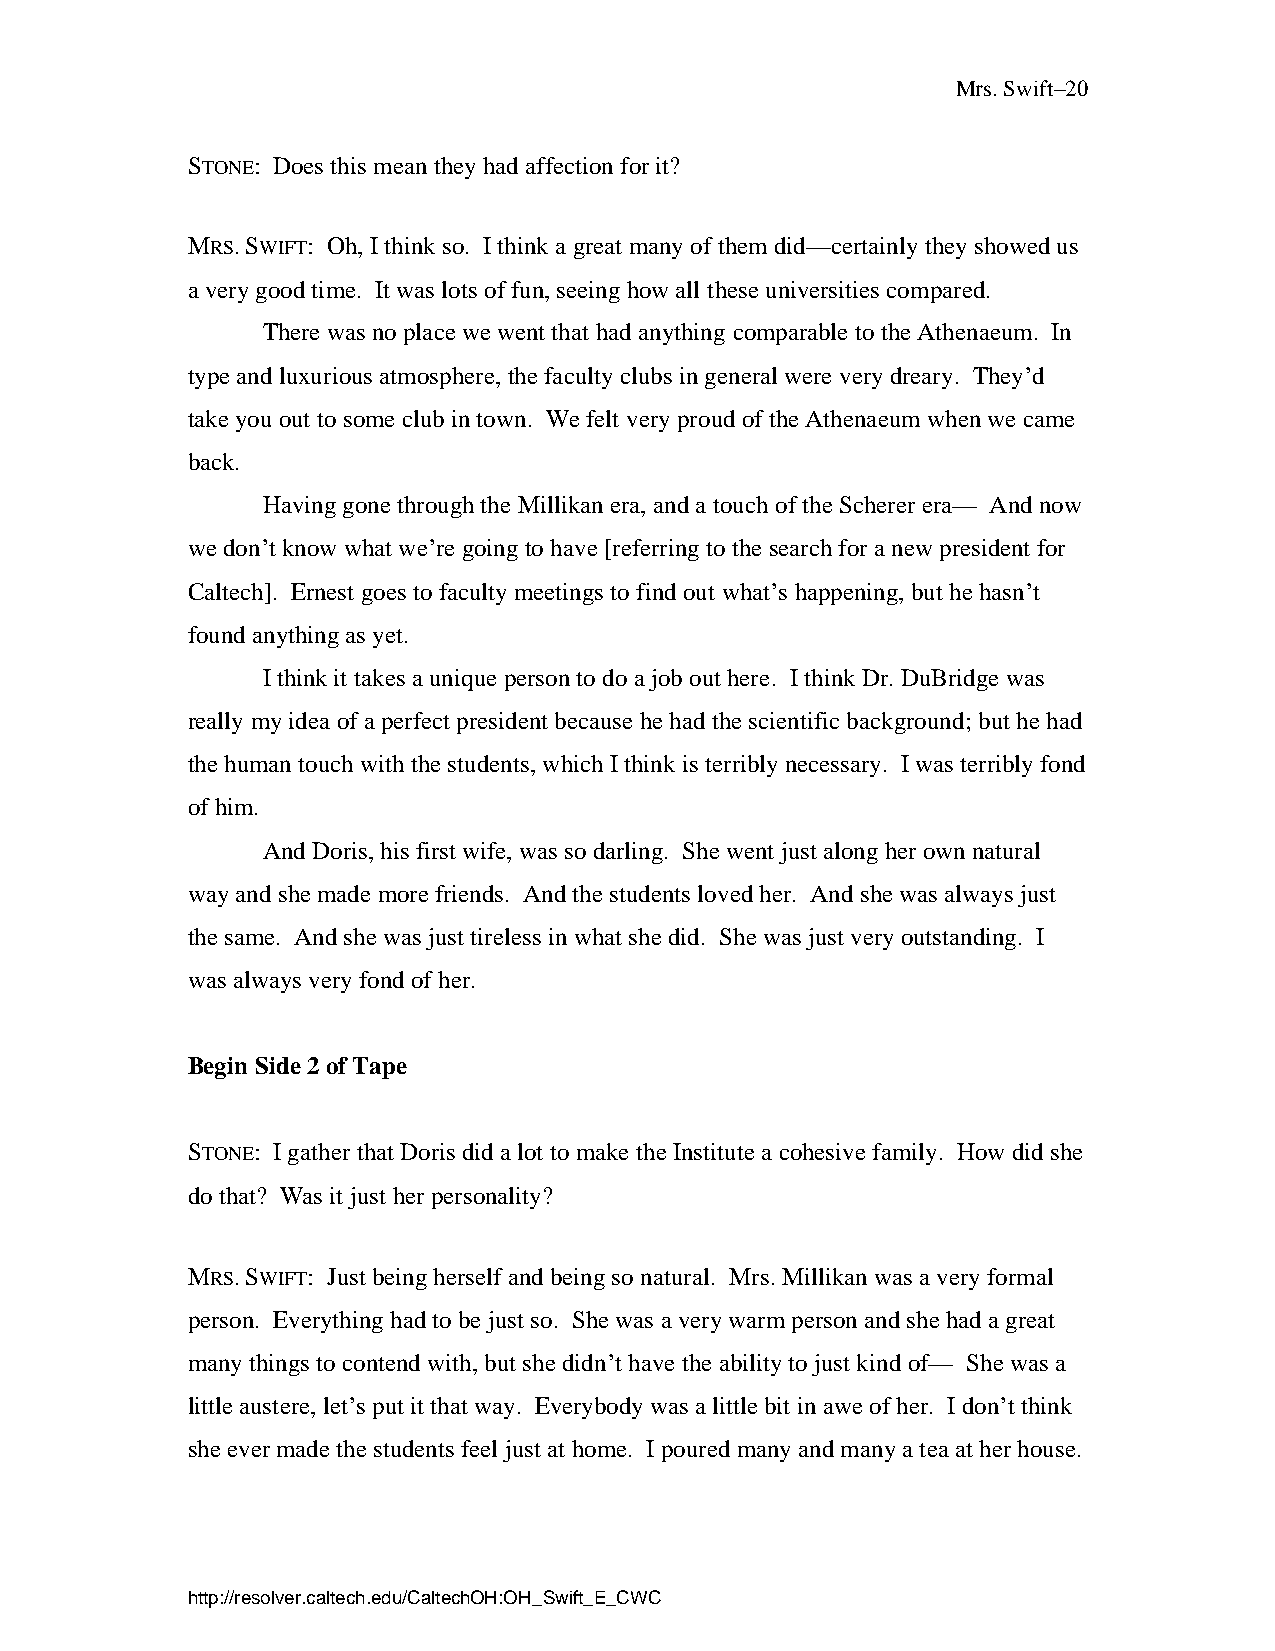
Mrs. Swift–20
 STONE: Does this mean they had affection for it?
 MRS. SWIFT: Oh, I think so. I think a great many of them did—certainly they showed us
 a very good time. It was lots of fun, seeing how all these universities compared.
 There was no place we went that had anything comparable to the Athenaeum. In
 type and luxurious atmosphere, the faculty clubs in general were very dreary. They’d
 take you out to some club in town. We felt very proud of the Athenaeum when we came
 back.
 Having gone through the Millikan era, and a touch of the Scherer era— And now
 we don’t know what we’re going to have [referring to the search for a new president for
 Caltech]. Ernest goes to faculty meetings to find out what’s happening, but he hasn’t
 found anything as yet.
 I think it takes a unique person to do a job out here. I think Dr. DuBridge was
 really my idea of a perfect president because he had the scientific background; but he had
 the human touch with the students, which I think is terribly necessary. I was terribly fond
 of him.
 And Doris, his first wife, was so darling. She went just along her own natural
 way and she made more friends. And the students loved her. And she was always just
 the same. And she was just tireless in what she did. She was just very outstanding. I
 was always very fond of her.
 Begin Side 2 of Tape
 STONE: I gather that Doris did a lot to make the Institute a cohesive family. How did she
 do that? Was it just her personality?
 MRS. SWIFT: Just being herself and being so natural. Mrs. Millikan was a very formal
 person. Everything had to be just so. She was a very warm person and she had a great
 many things to contend with, but she didn’t have the ability to just kind of— She was a
 little austere, let’s put it that way. Everybody was a little bit in awe of her. I don’t think
 she ever made the students feel just at home. I poured many and many a tea at her house.
 http://resolver.caltech.edu/CaltechOH:OH_Swift_E_CWC